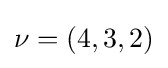
\nu =(4,3,2)